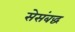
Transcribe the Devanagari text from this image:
सेसंबद्ध